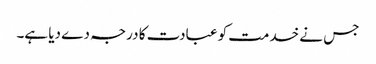
جس نے خدمت کو عبادت کا درجہ دے دیا ہے۔